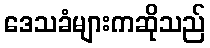
ဒေသခံများကဆိုသည်